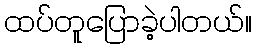
ထပ်တူပြောခဲ့ပါတယ်။